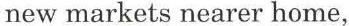
new markets nearer home,